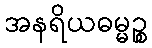
အနရိယဓမ္မဉ္စ